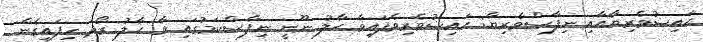
ޙައިޟުވެރިޔާއާއި ނިފާސްވެރިޔާ: ޙައިޟުވެރިވެފައިވާ ޙާލު ނޫނީ ނިފާސްކަމުގައި ވާ ޙާލު ރޯދަ ހިފައިގެން